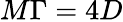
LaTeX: M\Gamma=4D